Lunatic asylums in Bengal annual reports 1912-1924 - 1912-1924
Year: 1912
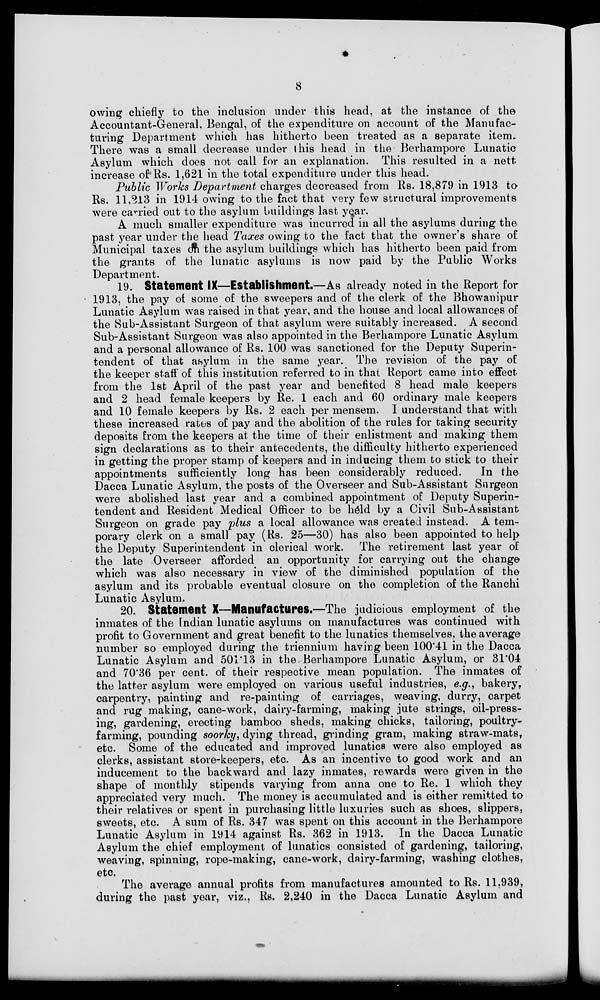
8
owing chiefly to the inclusion under this head, at the instance of the
Accountant-General. Bengal, of the expenditure on account of the Manufac-
turing Department which has hitherto been treated as a separate item-
There was a small decrease under this head in the Berhampore Lunatic
Asylum which does not call for an explanation. This resulted in a nett
increase of Rs. 1,621 in the total expenditure under this head.
Public Works Department charges decreased from Rs. 18,879 in 1913 to
Rs. 11,213 in 1914 owing to the fact that very few structural improvements
were carried out to the asylum buildings last year.
A much smaller expenditure was incurred in all the asylums during the
past year under the head Taxes owing to the fact that the owner's share of
Municipal taxes on the asylum buildings which has hitherto been paid from
the grants of the lunatic asylums is now paid by the Public Works
Department.
19. Statement IX—Establishment.—As already noted in the Report for
1913, the pay of some of the sweepers and of the clerk of the Bhowanipur
Lunatic Asylum was raised in that year, and the house and local allowances of
the Sub-Assistant Surgeon of that asylum were suitably increased. A second
Sub-Assistant Surgeon was also appointed in the Berhampore Lunatic Asylum
and a personal allowance of Rs. 100 was sanctioned for the Deputy Superin-
tendent of that asylum in the same year. The revision of the pay of
the keeper staff of this institution referred to in that Report came into effect
from the 1st April of the past year and benefited 8 head male keepers
and 2 head female keepers by Re. 1 each and 60 ordinary male keepers
and 10 female keepers by Rs. 2 each per mensem. I understand that with
these increased rates of pay and the abolition of the rules for taking security
deposits from the keepers at the time of their enlistment and making them
sign declarations as to their antecedents, the difficulty hitherto experienced
in getting the proper stamp of keepers and in inducing them to stick to their
appointments sufficiently long has been considerably reduced.
In the
Dacca Lunatic Asylum, the posts of the Overseer and Sub-Assistant Surgeon
were abolished last year and a combined appointment of Deputy Superin-
tendent and Resident Medical Officer to be held by a Civil Sub-Assistant
Surgeon on grade pay plus a local allowance was created instead. A tem-
porary clerk on a small pay (Rs. 25—30) has also been appointed to help
the Deputy Superintendent in clerical work. The retirement last year of
the late Overseer afforded an opportunity for carrying out the change
which was also necessary in view of the diminished population of the
asylum and its probable eventual closure on the completion of the Ranchi
Lunatic Asylum.
20. Statement X—Manufactures.—The judicious employment of the
inmates of the Indian lunatic asylums on manufactures was continued with
profit to Government and great benefit to the lunatics themselves, the average
number so employed during the triennium having been 100.41 in the Dacca
Lunatic Asylum and 501.13 in the. Berhampore Lunatic Asylum, or 31.04
and 70.36 per cent. of their respective mean population. The inmates of
the latter asylum were employed on various useful industries, e.g., bakery,
carpentry, painting and re-painting of carriages, weaving , durry, carpet
and rug making, cane-work, dairy-farming, making jute strings, oil-press-
ing, gardening, erecting bamboo sheds, making chicks, tailoring, poultry-
farming, pounding soorky, dying thread, grinding gram, making straw-mats,
etc. Some of the educated and improved lunatics were also employed as
clerks, assistant store-keepers, etc. As an incentive to good work and an
inducement to the backward and lazy inmates, rewards were given in the
shape of monthly stipends varying from anna one to Re. 1 which they
appreciated very much. The money is accumulated and is either remitted to
their relatives or spent in purchasing little luxuries such as shoes, slippers,
sweets, etc. A sum of Rs. 347 was spent on this account in the Berhampore
Lunatic Asylum in 1914 against Rs. 362 in 1913. In the Dacca Lunatic
Asylum the chief employment of lunatics consisted of gardening, tailoring,
weaving, spinning, rope-making, cane-work, dairy-farming, washing clothes,
etc.
The average annual profits from manufactures amounted to Rs. 11,939,
during the past year, viz., Rs. 2,240 in the Dacca Lunatic Asylum and